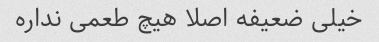
خیلی ضعیفه اصلا هیچ طعمی نداره